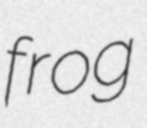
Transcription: frog